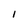
Character: I